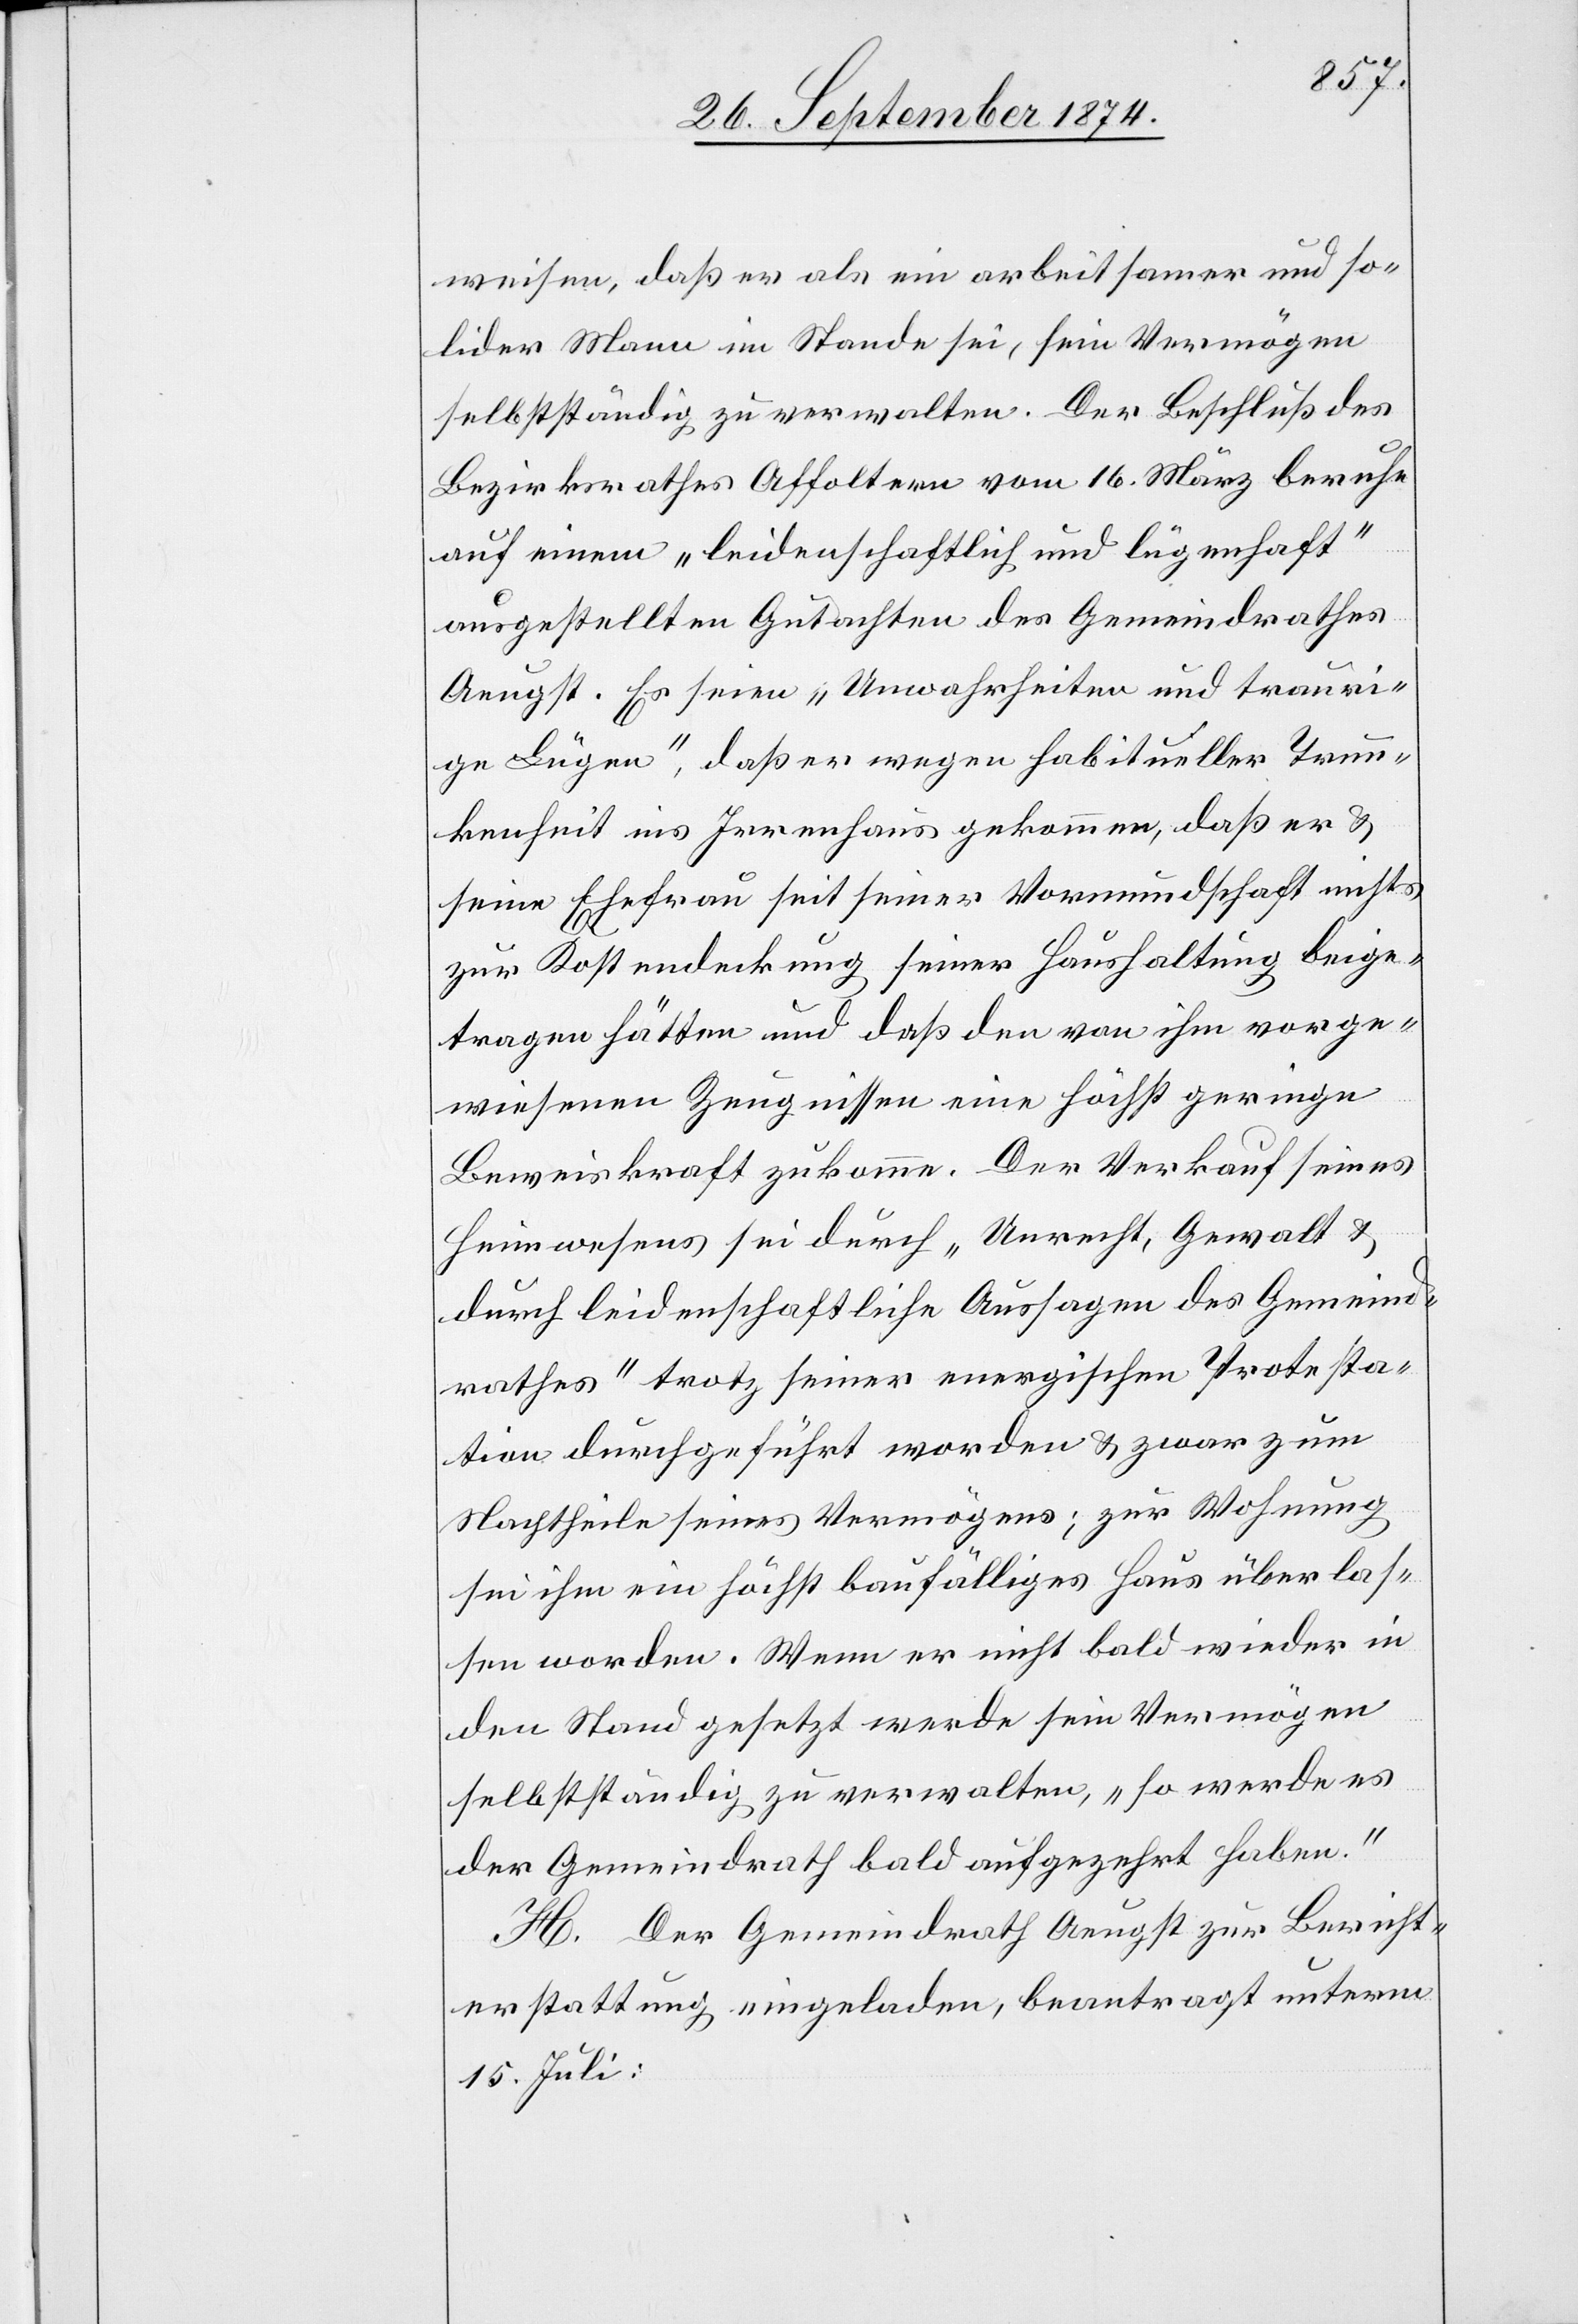
weisen, daß er als ein arbeitsamer und so¬
lider Mann im Stande sei, sein Vermögen
selbstständig zu verwalten. Der Beschluß des
Bezirksrath Affoltern vom 16. März beruhe
auf einem „leidenschaftlich und lügenhaft“
ausgestellten Gutachten des Gemeindrathes
Aeugst. Es seien „Unwahrheiten und trauri¬
ge Lügen“, daß er wegen habitueller Trun¬
kenheit ins Irrenhaus gekommen, daß er &
seine Ehefrau seit seiner Vormundschaft nichts
zur Kostendeckung seiner Haushaltung beige¬
tragen hätten und daß den von ihm vorge¬
wiesenen Zeugnisse eine höchst geringe
Beweiskraft zukomme. Der Verkauf seines
Heimwesens sei durch „Unrecht, Gewalt &
durch leidenschaftliche Aussagen des Gemeind¬
rathes“ trotz seiner energischen Protesta¬
tion durchgeführt worden & zwar zum
Nachtheile seines Vermögens; zur Wohnung
sei ihm ein höchst baufälliges Haus überlas¬
sen worden. Wenn er nicht bald wieder in
den Stand gesetzt werde sein Vermögen
selbstständig zu verwalten, „so werde es
der Gemeindrath bald aufgezehrt haben.“
H. Der Gemeindrath Aeugst Bericht¬
erstattung eingeladen, beantragt unterm
15. Juli: